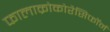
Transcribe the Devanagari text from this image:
फालाक्रोकोरैसिफॉर्म